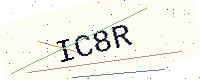
Text: IC8R